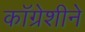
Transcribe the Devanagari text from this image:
कॉग्रेशीने